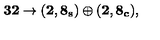
{ { \bf 3 2 } \rightarrow ( \bf { 2 , 8 _ { s } } ) \oplus ( \bf { 2 , 8 _ { c } } ) , }